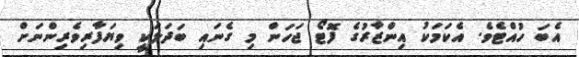
އެބަ ހުއްޓެވެ. އެކަމަކު އިންޒާރުގެ ފޮޓޯ ޖަހަން މި ގެނައި ބަދަލަކީ ވިޔަފާރިވެރިންނަށް